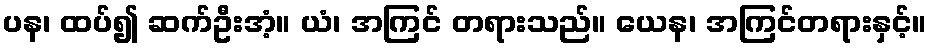
ပန၊ ထပ်၍ ဆက်ဦးအံ့။ ယံ၊ အကြင် တရားသည်။ ယေန၊ အကြင်တရားနှင့်။